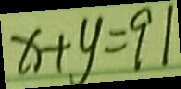
x + y = 9 1